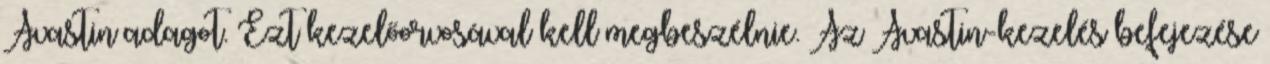
Avastin adagot. Ezt kezelőorvosával kell megbeszélnie. Az Avastin-kezelés befejezése